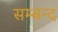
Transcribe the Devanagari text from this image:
सम्बन्द